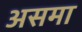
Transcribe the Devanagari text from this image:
असमा